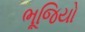
ભૂજિયો